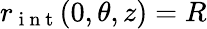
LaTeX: r_{\mathrm{~i~n~t~}}(0,\theta,z)=R